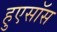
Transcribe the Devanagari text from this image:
हुएसॉस